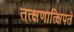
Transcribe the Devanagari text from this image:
तत्क्षणात्क्षिपते